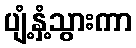
ပျံ့နှံ့သွားကာ